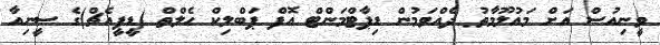
ވީނިއުސް އަށް މައުލޫމާތު ދެއްވަމުން ޑިޕާޓްމަންޓް އޮފް ޕަބްލިކް ހެލްތް (ޑީޕީއެޗް)ގެ ސީނިއާ